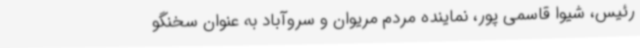
رئیس، شیوا قاسمی پور، نماینده مردم مریوان و سروآباد به عنوان سخنگو